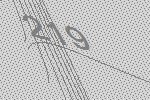
219